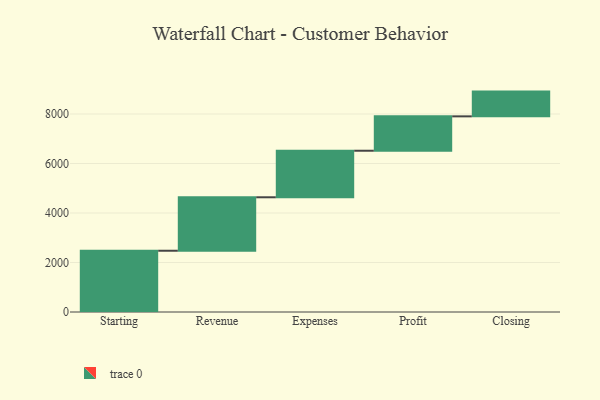
{"axis": {"x": "Step", "y": "Value"}, "legend": [""], "data": [{"x": "Starting", "y": 2475.0, "type": ""}, {"x": "Revenue", "y": 2160.0, "type": ""}, {"x": "Expenses", "y": 1881.0, "type": ""}, {"x": "Profit", "y": 1389.0, "type": ""}, {"x": "Closing", "y": 1000, "type": ""}]}